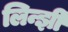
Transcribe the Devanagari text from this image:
लिन्झी